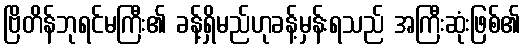
ဗြိတိန်ဘုရင်မကြီး၏ ခန့်ရှိမည်ဟုခန့်မှန်းရသည် အကြီးဆုံးဖြစ်၏